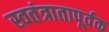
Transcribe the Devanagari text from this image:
स्वतंत्रातापूर्वक